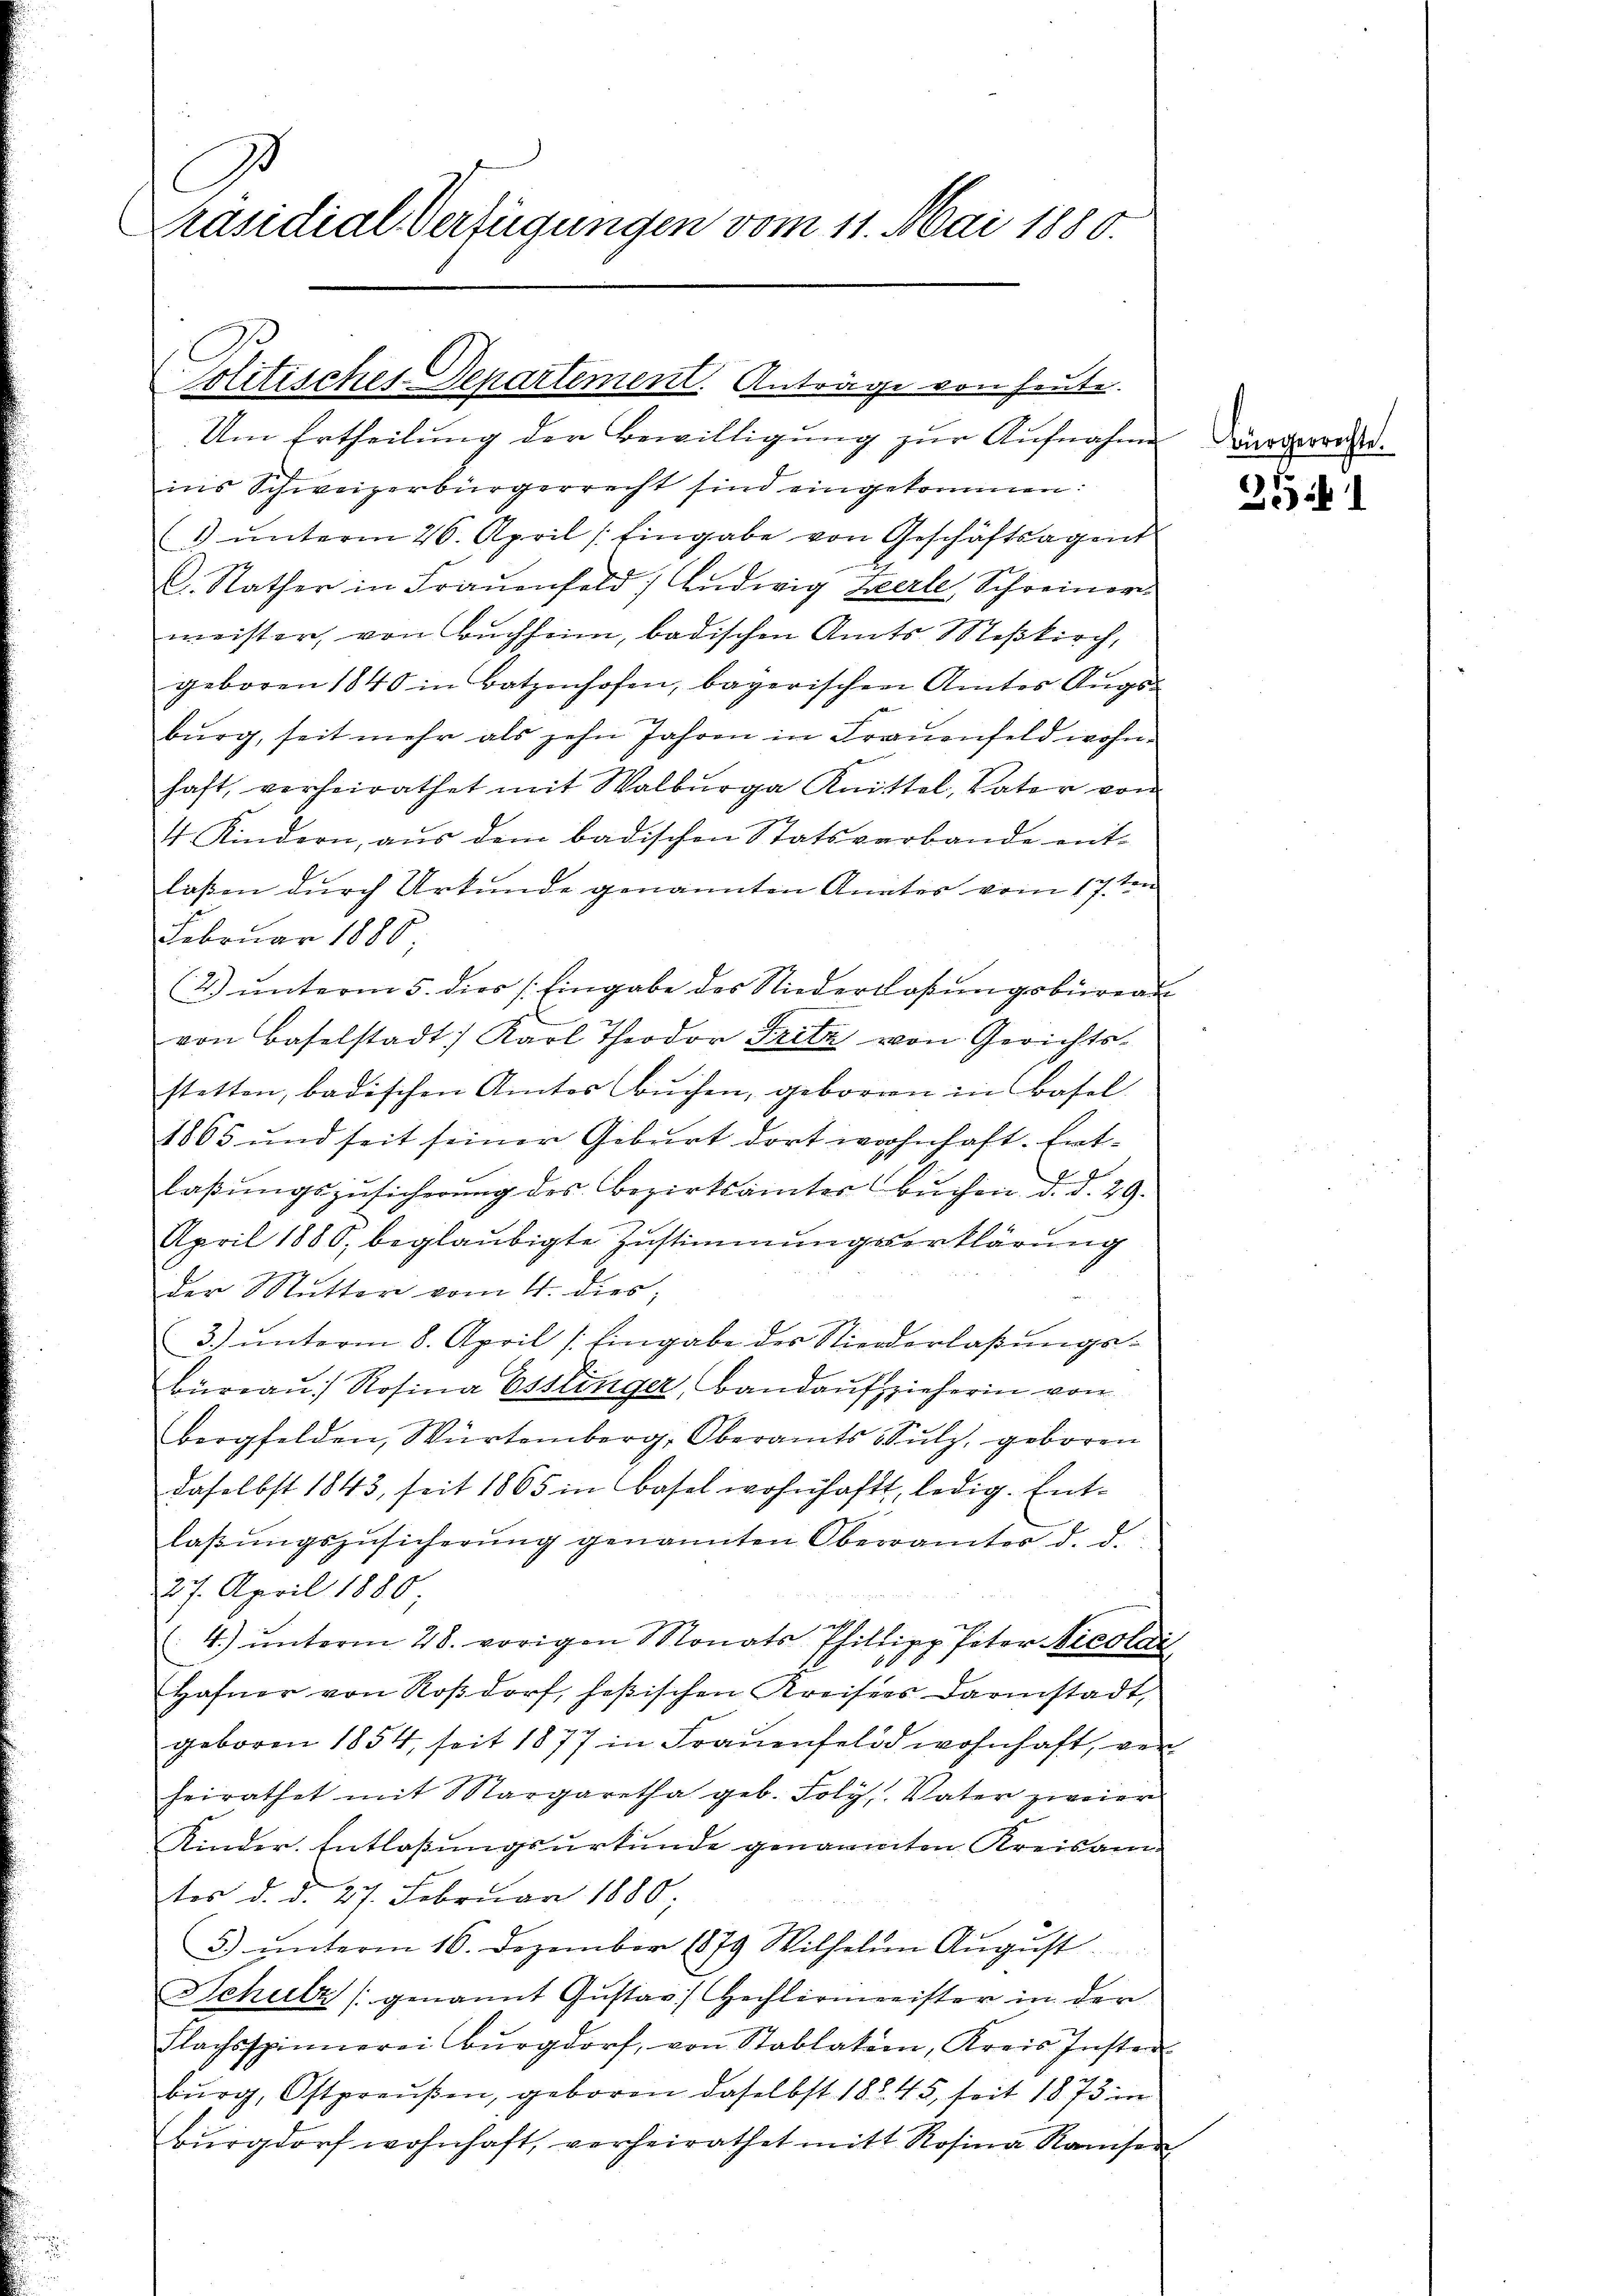
Präsidial-Verfügungen vom 11. Mai 1880.

Politisches-Departement. Anträge von heute.

Um Ertheilung der Bewilligung zur Aufnahme angeworden.
ins Schweizerbürgerrecht sind eingekommen:
(1 ŭnterm 26. April /: Eingabe von Geschäftsagent
C. Nather in Frauenfeld, Ludwig Zeerle Schreiner
meister, von Buchheim, badischen Amts Meßkirch,
geboren 1840 in Batzenhofen, bayerischen Amtes Aŭgs-
burg, seit mehr als zehn Jahren in Frauenfeld wohn-
haft, verheirathet mit Walbŭrga Knittel, Vater von
4 Kindern, aŭs dem badischen Statsverbande ent-
laßen durch Urkunde genannten Anates vom 17 ten
7
Februar 1885.
(2) ŭnterm 5. dies s. Eingabe des Niederlassŭngsbüreaŭ
von Baselstadt. Karl Theodor Fritz von Gerichts-
stetten, badischen Amtes aŭchen, geboren in Basel
1865 und seit seiner Geburt dort wohnhaft. Entlaβŭngszŭsicherŭng des Bezirksämter Bŭchen d. d. 29.
April 1880, beglaubigte Zustimmungserklärung
der Mutter vom 4. dies;
3.) unterm 8. April [Eingabe des Niederlaßungsbüreau, Rosina Esslinger, Bandaufzieherin von
bergfelden, Würtemberg, Oberamts Sulz, geboren
daselbst 1843, seit 1865 in Basel wohnhaft, ledig. Entlaβŭngszŭsicherŭng genannten Oberrämter d. d.
27. April 1880
4.) ŭnterm 28. vorigen Monats Philipp Peter Nicolai
1
Hafner von Roßdorf, heßischen Kreises Darmstadt,
geboren 1854, seit 1877 in Frauenfeld wohnhaft, von
heirathet mit Margaretha geb. Foly, Vater zweier
Kinder. Entlaßungsurkunde genannten Kreisamtes d. d. 27. Februar 1880;
3. ŭnterm 16. Dezember 1879 Wilhelm Aŭgŭst
Schulz (genannt Gŭstav Hechlermeister in der
Flachsspinnerei Burgdorf, von Stablation, Kreis Instan
burg, Ostpreußen, geboren daselbst 1845, seit 1873 in
bŭrgdorf wohnhaft, verheirathet mitt Rosina Ramsen

351